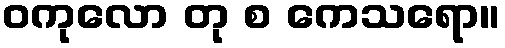
ဝကုလော တု စ ကေသရော။